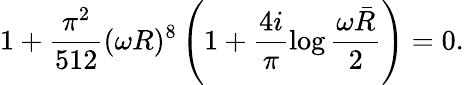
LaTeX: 1+\frac{\pi^{2}}{512}(\omega R)^{8}\left(1+\frac{4i}{\pi}\log\frac{\omega\bar{R}}{2}\right)=0.